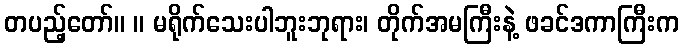
တပည့်တော်။ ။ မရိုက်သေးပါဘူးဘုရား၊ တိုက်အမကြီးနဲ့ ဖခင်ဒကာကြီးက